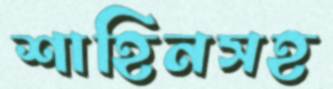
শাহিনসহ